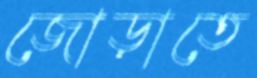
জোড়াতে